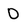
Character: 0